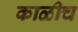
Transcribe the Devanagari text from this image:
काळीच